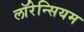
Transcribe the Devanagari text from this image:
लॉरेन्सियम